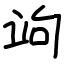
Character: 竘